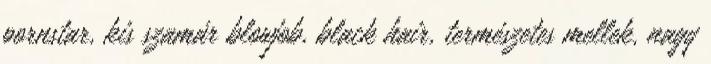
pornstar, kis szamár blowjob, black hair, természetes mellek, nagy